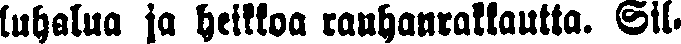
luhalua ja heikka rauhanrakkautta. Sil-